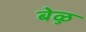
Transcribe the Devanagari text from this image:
बेळु